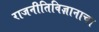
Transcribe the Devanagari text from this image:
राजनीतिविज्ञानाचा